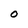
Character: O